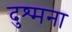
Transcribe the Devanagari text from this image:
दुश्मना